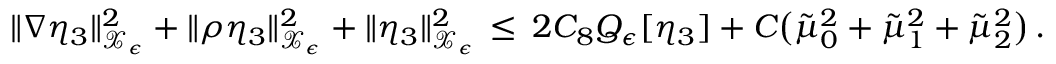
\| \nabla \eta _ { 3 } \| _ { \mathcal { X } _ { \epsilon } } ^ { 2 } + \| \rho \eta _ { 3 } \| _ { \mathcal { X } _ { \epsilon } } ^ { 2 } + \| \eta _ { 3 } \| _ { \mathcal { X } _ { \epsilon } } ^ { 2 } \, \le \, 2 C _ { 8 } Q _ { \epsilon } [ \eta _ { 3 } ] + C \bigl ( \tilde { \mu } _ { 0 } ^ { 2 } + \tilde { \mu } _ { 1 } ^ { 2 } + \tilde { \mu } _ { 2 } ^ { 2 } \bigr ) \, .